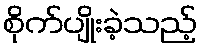
စိုက်ပျိုးခဲ့သည့်